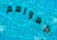
ظهورهم